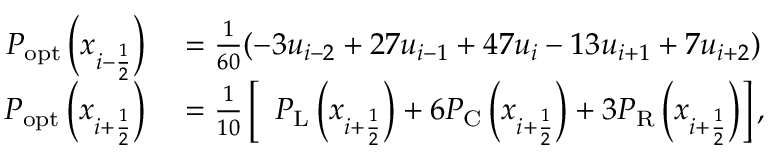
\begin{array} { r l } { P _ { \mathrm { o p t } } \left( x _ { i - \ensuremath { { \frac { 1 } { 2 } } } } \right) } & { { } = \frac { 1 } { 6 0 } ( - 3 u _ { i - 2 } + 2 7 u _ { i - 1 } + 4 7 u _ { i } - 1 3 u _ { i + 1 } + 7 u _ { i + 2 } ) } \\ { P _ { \mathrm { o p t } } \left( x _ { i + \ensuremath { { \frac { 1 } { 2 } } } } \right) } & { { } = \frac { 1 } { 1 0 } \left[ \phantom { 1 } P _ { \mathrm { L } } \left( x _ { i + \ensuremath { { \frac { 1 } { 2 } } } } \right) + 6 P _ { \mathrm { C } } \left( x _ { i + \ensuremath { { \frac { 1 } { 2 } } } } \right) + 3 P _ { \mathrm { R } } \left( x _ { i + \ensuremath { { \frac { 1 } { 2 } } } } \right) \right] , } \end{array}